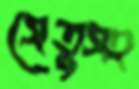
সেতুসহ